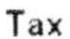
TAX